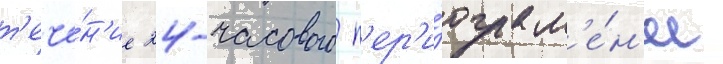
т'ече́н'ие 24-часового п'ер'и́ода м'е́н'ее